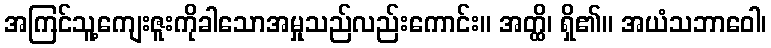
အကြင်သူ့ကျေးဇူးကိုခါသောအမှုသည်လည်းကောင်း။ အတ္ထိ၊ ရှိ၏။ အယံသဘာဝေါ၊